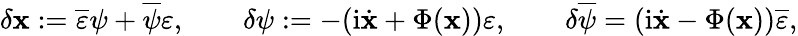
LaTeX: \delta\mathbf{x}:=\overline{{{{\varepsilon}}}}\psi+\overline{{{{\psi}}}}\varepsilon,\qquad\delta\psi:=-(\mathrm{{i}}\dot{{\mathbf{x}}}+\Phi(\mathbf{x}))\varepsilon,\qquad\delta\overline{{{{\psi}}}}=(\mathrm{{i}}\dot{{\mathbf{x}}}-\Phi(\mathbf{x}))\overline{{{{\varepsilon}}}},